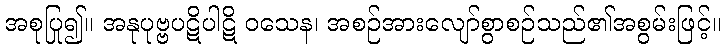
အစုပြု၍။ အနုပုဗ္ဗပဋိပါဋိ ဝသေန၊ အစဉ်အားလျော်စွာစဉ်သည်၏အစွမ်းဖြင့်။